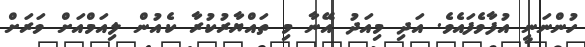
ހުންނަނީ އުފާވެފައެވެ. އަދި މިއަދު އޭނާ މި ތައްޔާރުކުރާ ކެއުން ލިއަމްއަށް ވަރަށް